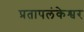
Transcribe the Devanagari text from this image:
प्रतापलंकेश्वर